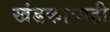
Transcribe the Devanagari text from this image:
खंडकाव्यही